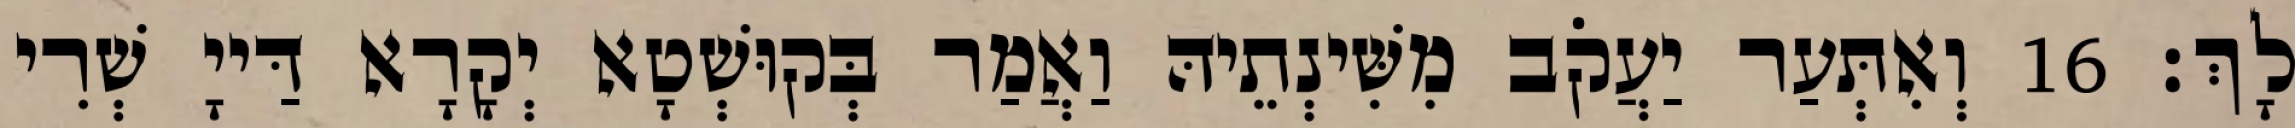
לָךְ׃ 16 וְאִתְּעַר יַעֲקֹב מִשִּׁינְתֵיהּ וַאֲמַר בְּקוּשְׁטָא יְקָרָא דַּייָ שְׁרִי